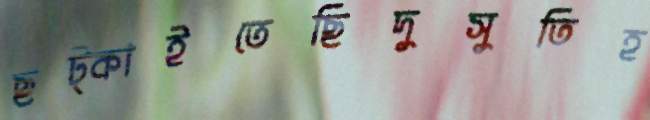
ছট্‌কাইতেছিদুসুতিহ